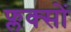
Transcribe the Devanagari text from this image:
फ्लक्सों